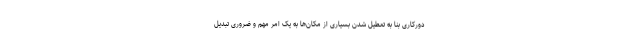
دورکاری بنا به تعطیل شدن بسیاری از مکان‌ها به یک امر مهم و ضروری تبدیل